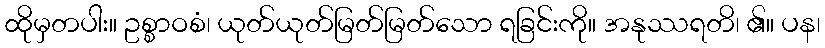
ထိုမှတပါး။ ဥစ္စာဝစံ၊ ယုတ်ယုတ်မြတ်မြတ်သော ရခြင်းကို။ အနုဿရတိ၊ ၏။ ပန၊